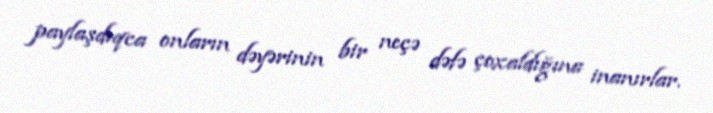
paylaşdıqca onların dəyərinin bir neçə dəfə çoxaldığına inanırlar.